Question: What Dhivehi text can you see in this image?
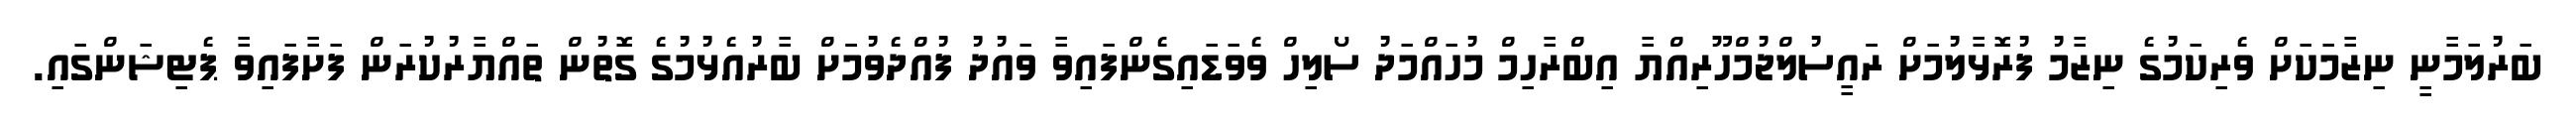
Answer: ބަރުލަމާނީ ނިޒާމަކަށް ވެރިކަމުގެ ނިޒާމު ފުރޮޅާލުމަށް ރަައީސުލްޖުމްހޫރިއްޔާ އިބްރާހިމް މުހައްމަދު ސޯލިހް ވެވަޑައިގެންފައިވާ ވައުދު ފުއްދެވުމަަށް ބާރުއެޅުމުގެ ގޮތުން ތައްޔާރުކުރަން ފަށާފައިވާ ޕެޓިޝަންގައި.